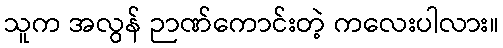
သူက အလွန် ဉာဏ်ကောင်းတဲ့ ကလေးပါလား။